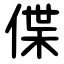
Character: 偞